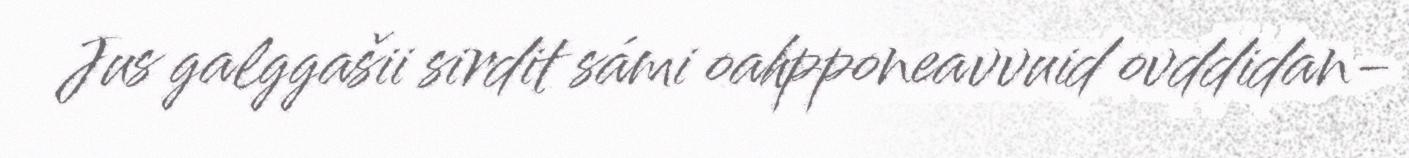
Jus galggašii sirdit sámi oahpponeavvuid ovddidan-